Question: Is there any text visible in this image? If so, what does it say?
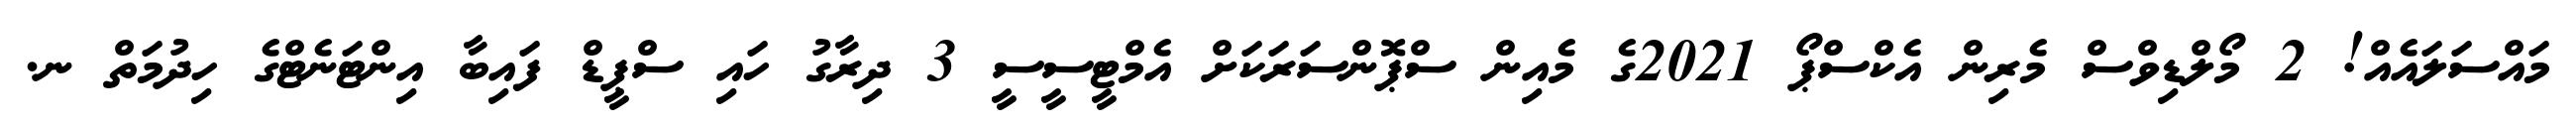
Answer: މައްސަލައެއް! 2 މޯލްޑިވްސް މެރިން އެކްސްޕޯ 2021ގެ މެއިން ސްޕޮންސަރަކަށް އެމްޓީސީސީ 3 ދިރާގު ހައި ސްޕީޑް ފައިބާ އިންޓަނެޓްގެ ހިދުމަތް ނ.